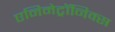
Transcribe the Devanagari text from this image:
एनिमेट्रॉनिक्स